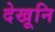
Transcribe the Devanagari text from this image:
देखूनि